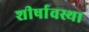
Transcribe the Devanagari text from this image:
शीर्षावस्था